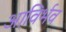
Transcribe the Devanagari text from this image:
आविर्भव